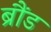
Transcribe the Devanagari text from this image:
ब्रौंड